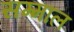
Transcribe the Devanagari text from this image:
सम्माल